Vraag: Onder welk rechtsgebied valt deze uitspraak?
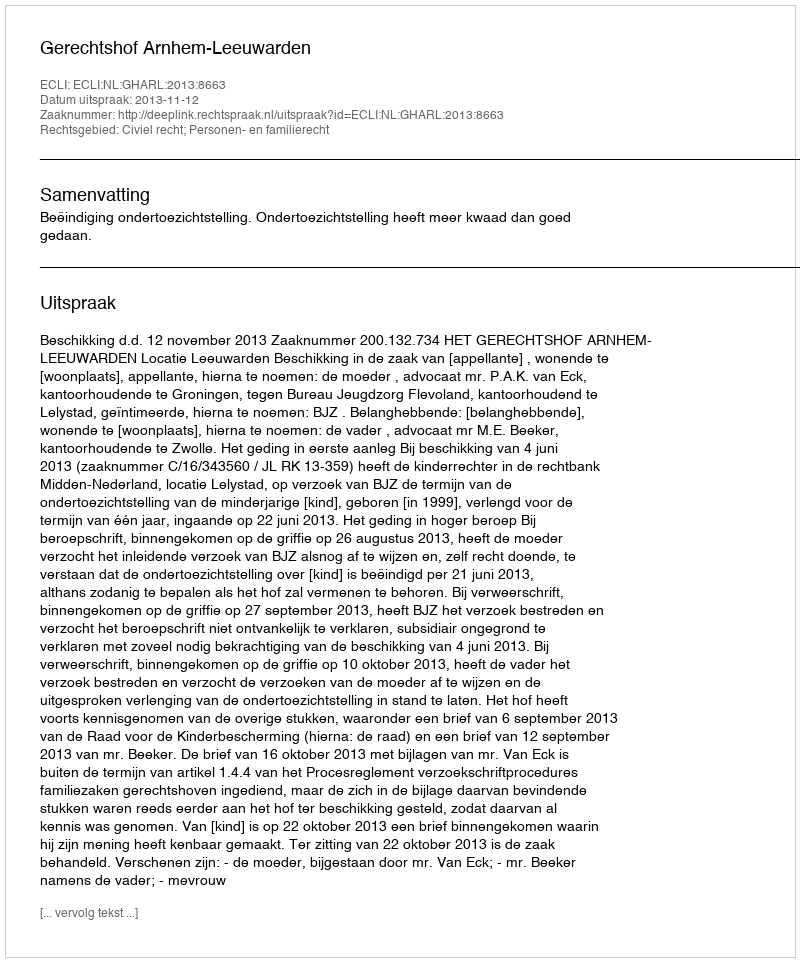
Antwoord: Civiel recht; Personen- en familierecht